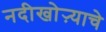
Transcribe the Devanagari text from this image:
नदीखोऱ्याचे